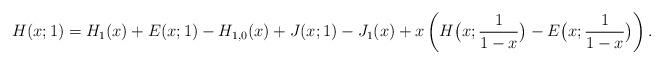
LaTeX: \begin{align*}H(x;1)&=H_1(x)+E(x;1)-H_{1,0}(x)+J(x;1)-J_1(x) +x\left(H\big(x;\frac{1}{1-x}\big)-E\big(x;\frac{1}{1-x}\big)\right).\end{align*}